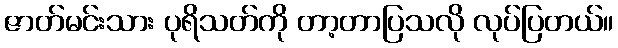
ဇာတ်မင်းသား ပုရိသတ်ကို တာ့တာပြသလို လုပ်ပြတယ်။